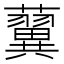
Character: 𧃟